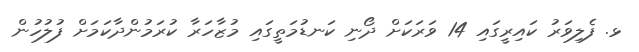
ޅ. ފެލިވަރު ކައިރީގައި 14 ވަރަކަށް ދޯނި ކަނޑުމަތީގައި މުޒާހަރާ ކުރަމުންދާކަމަށް ފުލުހުން